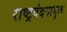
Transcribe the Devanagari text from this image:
राष्ट्रवंदनायुक्त